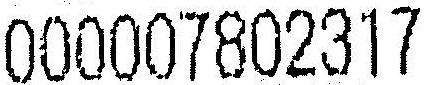
0000007802317